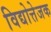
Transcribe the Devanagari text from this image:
विद्योत्तेजक